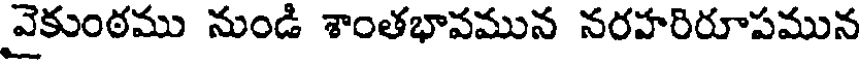
వైకుంఠము నుండి శాంతభావమున నరహరిరూపమున